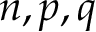
n , p , q